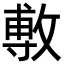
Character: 𢾭